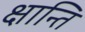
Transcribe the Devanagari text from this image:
क्षान्ति